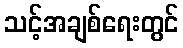
သင့်အချစ်ရေးတွင်